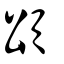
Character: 頌